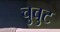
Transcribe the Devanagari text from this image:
चुबुट